Calcutta medical institutions reports 1871-78
Year: 1871
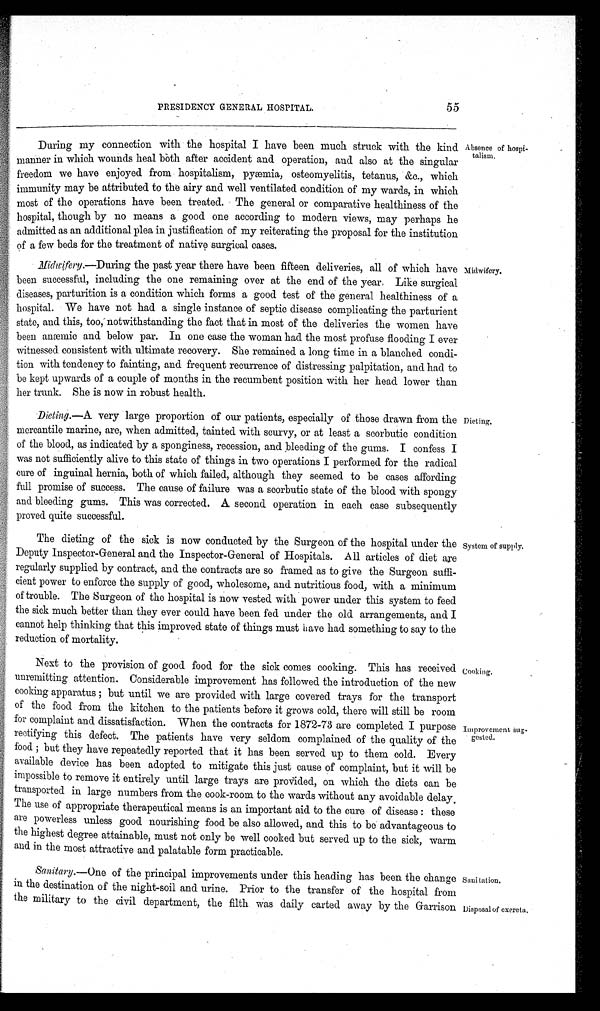
55
PRESIDENCY GENERAL HOSPITAL.
During my connection with the hospital I have been much struck with the kind
manner in which wounds heal both after accident and operation, and also at the singular
freedom we have enjoyed from hospitalism, pyæmia, osteomyelitis, tetanus, &c., which
immunity may be attributed to the airy and well ventilated condition of my wards, in which
most of the operations have been treated. The general or comparative healthiness of the
hospital, though by no means a good one according to modern views, may perhaps he
admitted as an additional plea in justification of my reiterating the proposal for the institution
of a few beds for the treatment of native surgical cases.
Midwifery.—During the past year there have been fifteen deliveries, all of which have
been successful, including the one remaining over at the end of the year. Like surgical
diseases, parturition is a condition which forms a good test of the general healthiness of a
hospital. We have not had a single instance of septic disease complicating the parturient
state, and this, too, notwithstanding the fact that in most of the deliveries the women have
been anæmic and below par. In one case the woman had the most profuse flooding I ever
witnessed consistent with ultimate recovery. She remained a long time in a blanched condi-
tion with tendency to fainting, and frequent recurrence of distressing palpitation, and had to
be kept upwards of a couple of months in the recumbent position with her head lower than
her trunk. She is now in robust health.
Absence of hospi-
talism.
Dieting.—A very large proportion of our patients, especially of those drawn from the
mercantile marine, are, when admitted, tainted with scurvy, or at least a scorbutic condition
of the blood, as indicated by a sponginess, recession, and bleeding of the gums. I confess I
was not sufficiently alive to this state of things in two operations I performed for the radical
cure of inguinal hernia, both of which failed, although they seemed to be cases affording
full promise of success. The cause of failure was a scorbutic state of the blood with spongy
and bleeding gums. This was corrected. A second operation in each case subsequently
proved quite successful.
The dieting of the sick is now conducted by the Surgeon of the hospital under the
Deputy Inspector-General and the Inspector-General of Hospitals. All articles of diet are
regularly supplied by contract, and the contracts are so framed as to give the Surgeon suffi-
cient power to enforce the supply of good, wholesome, and nutritious food, with a minimum
of trouble. The Surgeon of the hospital is now vested with power under this system to feed
the sick much better than they ever could have been fed under the old arrangements, and I
cannot help thinking that this improved state of things must have had something to say to the
reduction of mortality.
Next to the provision of good food for the sick comes cooking. This has received
unremitting attention. Considerable improvement has followed the introduction of the new
cooking apparatus ; but until we are provided with large covered trays for the transport
of the food from the kitchen to the patients before it grows cold, there will still be room
for complaint and dissatisfaction. When the contracts for 1872-73 are completed I purpose
rectifying this defect. The patients have very seldom complained of the quality of the
food ; but they have repeatedly reported that it has been served up to them cold. Every
available device has been adopted to mitigate this just cause of complaint, but it will be
impossible to remove it entirely until large trays are provided, on which the diets can be
transported in large numbers from the cook-room to the wards without any avoidable delay.
The use of appropriate therapeutical means is an important aid to the cure of disease : these
are powerless unless good nourishing food be also allowed, and this to be advantageous to
the highest degree attainable, must not only be well cooked but served up to the sick, warm
and in the most attractive and palatable form practicable.
Sanitary .—One of the principal improvements under this heading has been the change
in the destination of the night-soil and urine. Prior to the transfer of the hospital from
the military to the civil department, the filth was daily carted away by the Garrison
Dieting.
System of supply.
Cooking.
Improvement sug-
gested.
Sanitation.
Disposal of exereta.